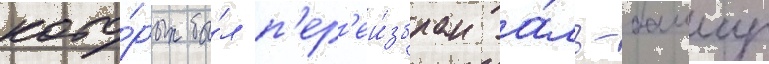
кото́рых бы́л п'ер'еи́збран а́ль-башир